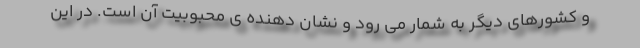
و کشورهای دیگر به شمار می رود و نشان دهنده ی محبوبیت آن است. در این